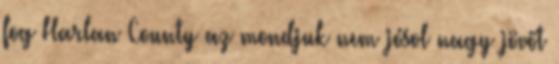
fog Harlan County az mondjuk nem jósol nagy jövőt